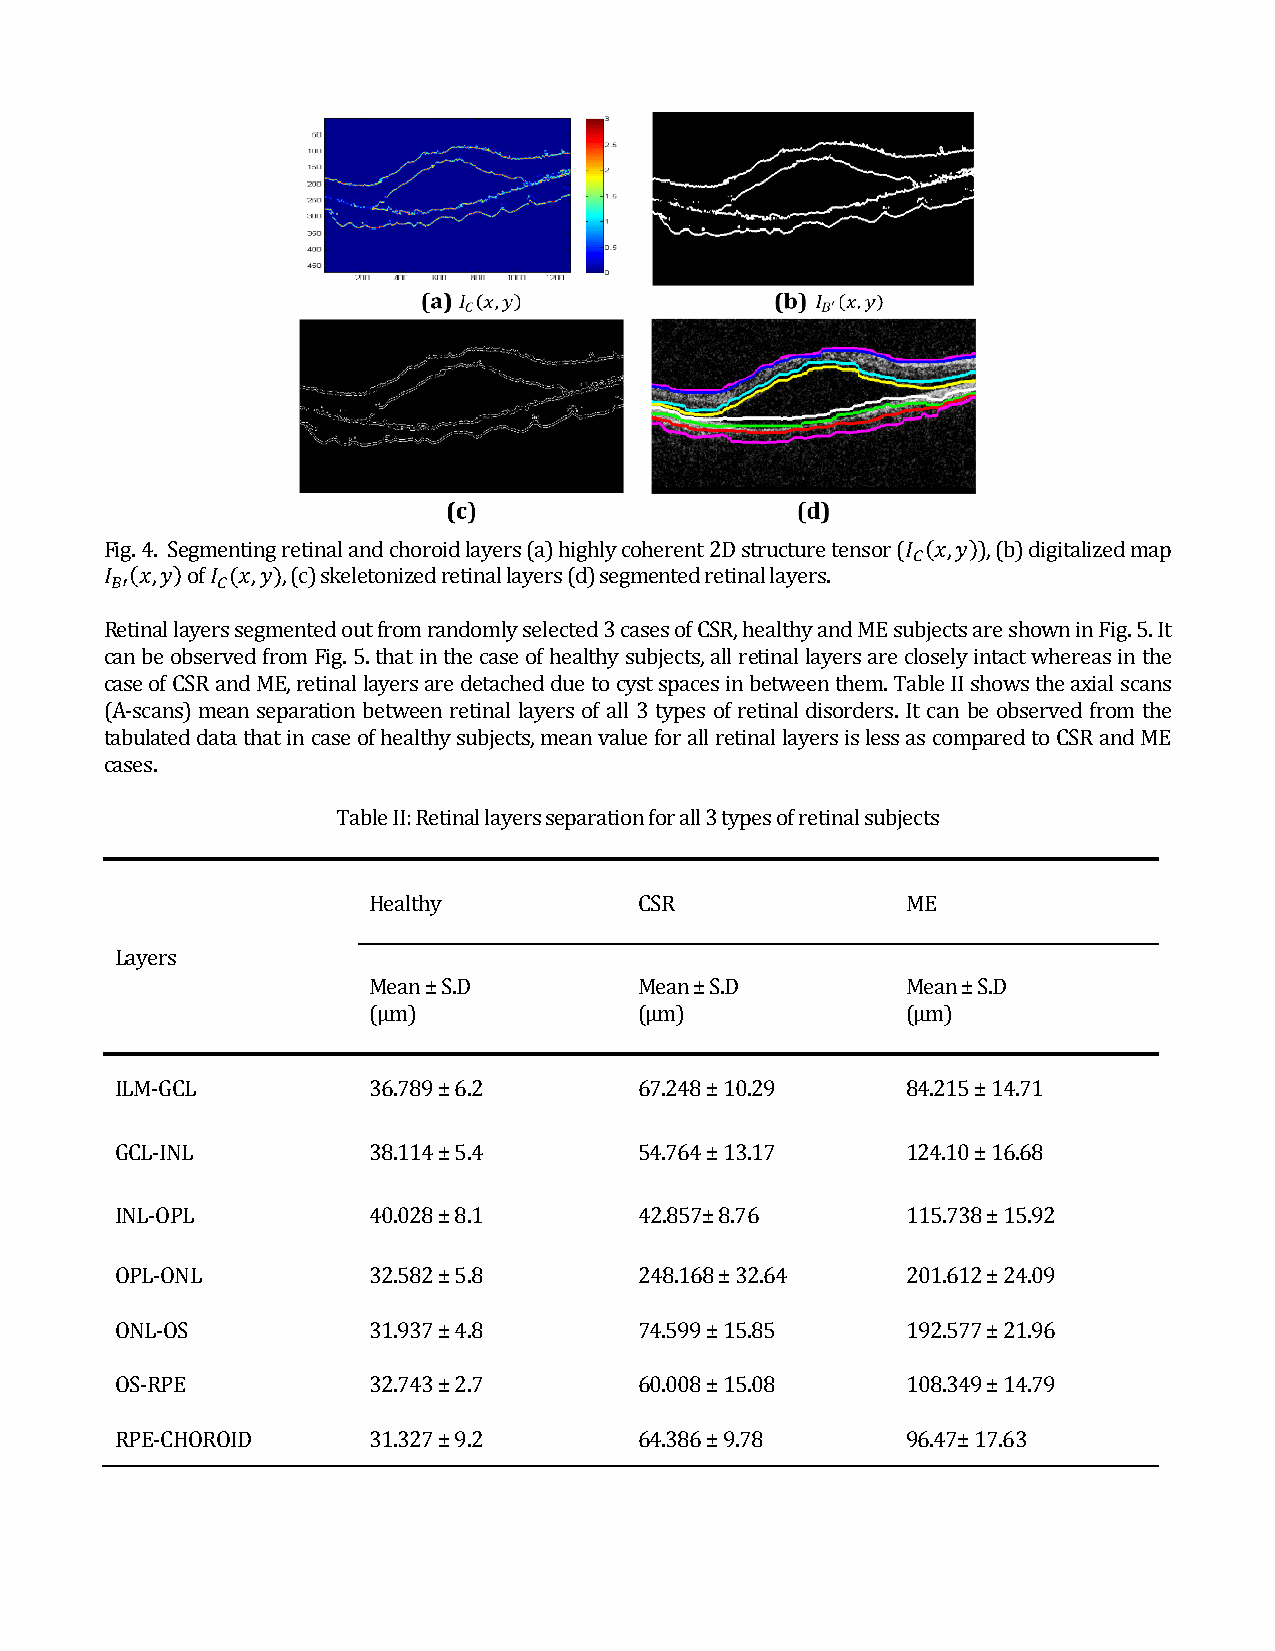
Fig. 4. Segmenting retinal and choroid layers (a) highly coherent 2D structure tensor (𝐼 (𝑥,𝑦)), (b) digitalized map
 𝐶
 𝐼 (𝑥,𝑦) of 𝐼 (𝑥,𝑦), (c) skeletonized retinal layers (d) segmented retinal layers.
 𝐵′     𝐶
 Retinal layers segmented out from randomly selected 3 cases of CSR, healthy and ME subjects are shown in Fig. 5. It
 can be observed from Fig. 5. that in the case of healthy subjects, all retinal layers are closely intact whereas in the
 case of CSR and ME, retinal layers are detached due to cyst spaces in between them. Table II shows the axial scans
 (A-scans) mean separation between retinal layers of all 3 types of retinal disorders. It can be observed from the
 tabulated data that in case of healthy subjects, mean value for all retinal layers is less as compared to CSR and ME
 cases.
 Table II: Retinal layers separation for all 3 types of retinal subjects
 Healthy           CSR               ME
 Layers
 Mean ± S.D        Mean ± S.D        Mean ± S.D
 (µm)              (µm)              (µm)
 ILM-GCL         36.789 ± 6.2      67.248 ± 10.29    84.215 ± 14.71
 GCL-INL         38.114 ± 5.4      54.764 ± 13.17    124.10 ± 16.68
 INL-OPL         40.028 ± 8.1      42.857± 8.76      115.738 ± 15.92
 OPL-ONL         32.582 ± 5.8      248.168 ± 32.64   201.612 ± 24.09
 ONL-OS          31.937 ± 4.8      74.599 ± 15.85    192.577 ± 21.96
 OS-RPE          32.743 ± 2.7      60.008 ± 15.08    108.349 ± 14.79
 RPE-CHOROID     31.327 ± 9.2      64.386 ± 9.78     96.47± 17.63